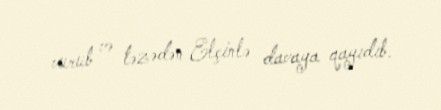
vurub və təzədən Elçinlə davaya qayıdıb.